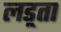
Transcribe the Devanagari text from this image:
लड़्ता